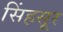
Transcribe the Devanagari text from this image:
सिंहसूर